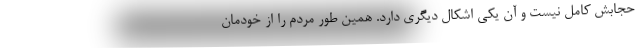
حجابش کامل نیست و آن یکی اشکال دیگری دارد. همین طور مردم را از خودمان